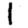
Digit: 1